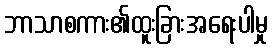
ဘာသာစကား၏ထူးခြားအရေးပါမှု